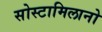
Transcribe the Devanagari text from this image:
सोस्टामिलानो